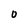
Character: O